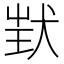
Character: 𤝶